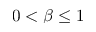
0 < \beta \leq 1